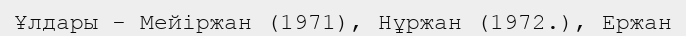
Ұлдары - Мейіржан (1971), Нұржан (1972.), Ержан